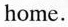
home.